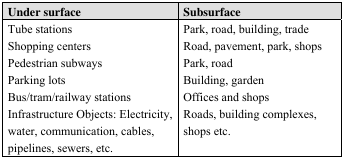
<table><thead><tr><td><b>Under surface</b></td><td><b>Subsurface</b></td></tr></thead><tbody><tr><td>Tube stations</td><td>Park, road, building, trade</td></tr><tr><td>Shopping centers</td><td>Road, pavement, park, shops</td></tr><tr><td>Pedestrian subways</td><td>Park, road</td></tr><tr><td>Parking lots</td><td>Building, garden</td></tr><tr><td>Bus/tram/railway stations</td><td>Offices and shops</td></tr><tr><td>Infrastructure Objects: Electricity,</td><td>Roads, building complexes,</td></tr><tr><td>water, communication, cables, pipelines, sewers, etc.</td><td>shops etc.</td></tr></tbody></table>